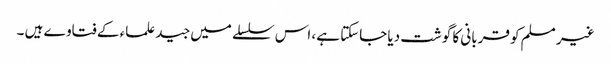
غیر مسلم کو قربانی کا گوشت دیا جاسکتا ہے، اس سلسلے میں جید علماء کے فتاوے ہیں ۔